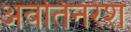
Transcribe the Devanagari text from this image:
अवंतिनरेश